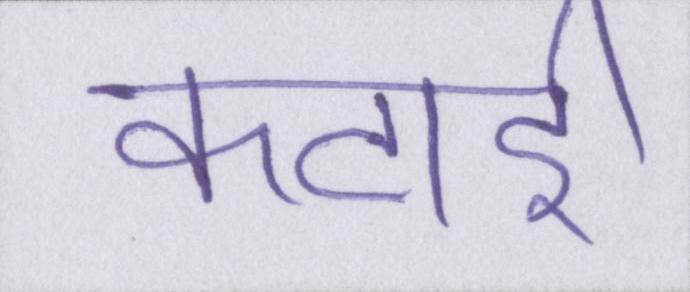
कटाई